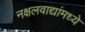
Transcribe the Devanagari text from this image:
नक्षलवाद्यांमध्ये